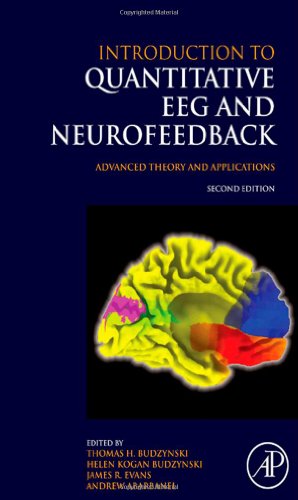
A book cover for Introduction to Quantitative EEG and Neurofeedback, Second Edition: Advanced Theory and Applications; Medical Books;